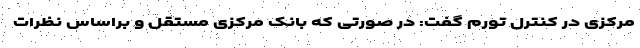
مرکزی در کنترل تورم گفت: در صورتی که بانک مرکزی مستقل و براساس نظرات